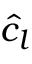
\hat { c } _ { l }